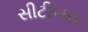
સીટીબસ